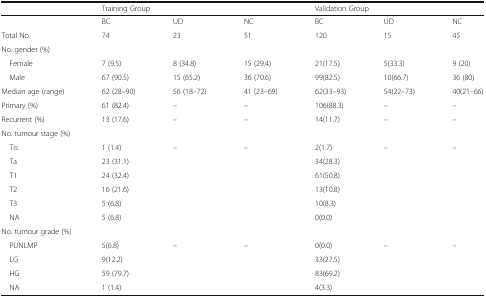
|  | <COLSPAN=3> Training Group | <COLSPAN=3> Validation Group |
 | --- | --- | --- | --- | --- | --- | --- |
 |  | BC | UD | NC | BC | UD | NC |
 | Total No. | 74 | 23 | 51 | 120 | 15 | 45 |
 | <COLSPAN=7> No. gender (%) |
 | Female | 7 (9.5) | 8 (34.8) | 15 (29.4) | 21(17.5) | 5(33.3) | 9 (20) |
 | Male | 67 (90.5) | 15 (65.2) | 36 (70.6) | 99(82.5) | 10(66.7) | 36 (80) |
 | Median age (range) | 62 (28–90) | 56 (18–72) | 41 (23–69) | 62(33–93) | 54(22–73) | 40(21–66) |
 | Primary (%) | 61 (82.4) | – | – | 106(88.3) | – | – |
 | Recurrent (%) | 13 (17.6) | – | – | 14(11.7) | – | – |
 | <COLSPAN=7> No. tumour stage (%) |
 | Tis | 1 (1.4) | <ROWSPAN=6> – | <ROWSPAN=6> – | 2(1.7) | <ROWSPAN=6> – | <ROWSPAN=6> – |
 | Ta | 23 (31.1) | 34(28.3) |
 | T1 | 24 (32.4) | 61(50.8) |
 | T2 | 16 (21.6) | 13(10.8) |
 | T3 | 5 (6.8) | 10(8.3) |
 | NA | 5 (6.8) | 0(0.0) |
 | <COLSPAN=7> No. tumour grade (%) |
 | PUNLMP | 5(6.8) | <ROWSPAN=4> – | <ROWSPAN=4> – | 0(0.0) | <ROWSPAN=4> – | <ROWSPAN=4> – |
 | LG | 9(12.2) | 33(27.5) |
 | HG | 59 (79.7) | 83(69.2) |
 | NA | 1 (1.4) | 4(3.3) |